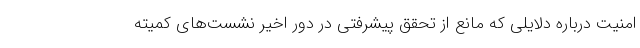
امنیت درباره دلایلی که مانع از تحقق پیشرفتی در دور اخیر نشست‌های کمیته